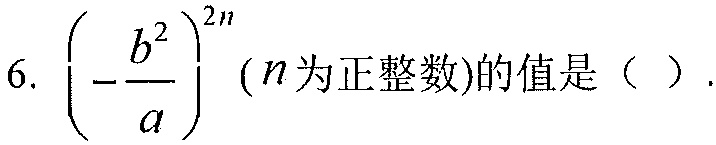
6. \(\left(-\dfrac{b^{2}}{a}\right)^{2n}\)（\(n\)为正整数）的值是（  ）.